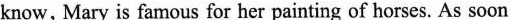
know Maryisfamousforherpaintingofhorses Assoon